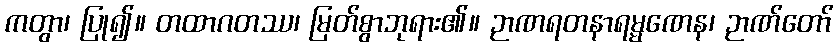
ကတွာ၊ ပြု၍။ တထာဂတဿ၊ မြတ်စွာဘုရား၏။ ဉာဏရတနာရမ္မဏေန၊ ဉာဏ်တော်